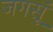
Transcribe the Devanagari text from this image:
जगसूं